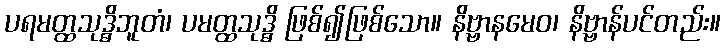
ပရမတ္ထသုဒ္ဓိဘူတံ၊ ပမတ္ထသုဒ္ဓိ ဖြစ်၍ဖြစ်သော။ နိဗ္ဗာနမေဝ၊ နိဗ္ဗာန်ပင်တည်း။